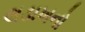
લડાખનો